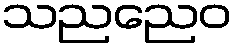
သညညေဝ